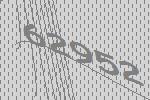
62952